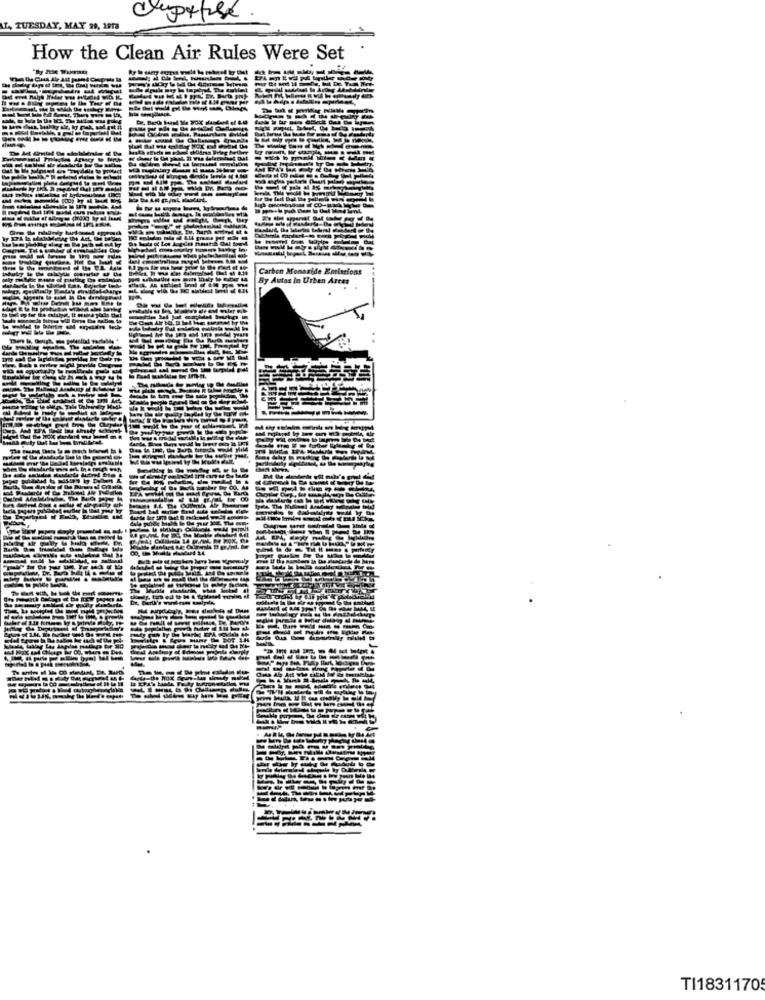
crepetube
LA TUESDAY, MAY 29, 1918
How the Clean Air Rules Were Set
Carbon Monoxide Emissions
By Autos in Urban Areas
TI18311705